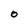
Character: O